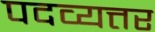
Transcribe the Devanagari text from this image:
पदव्यत्तर